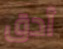
أدق